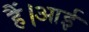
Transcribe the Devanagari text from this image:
हैं।आई